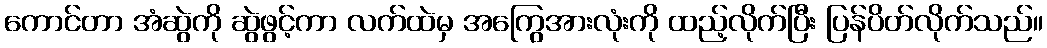
ကောင်တာ အံဆွဲကို ဆွဲဖွင့်ကာ လက်ထဲမှ အကြွေအားလုံးကို ထည့်လိုက်ပြီး ပြန်ပိတ်လိုက်သည်။